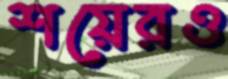
শয়েরও